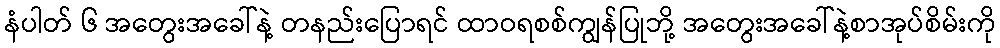
နံပါတ် ၆ အတွေးအခေါ်နဲ့ တနည်းပြောရင် ထာဝရစစ်ကျွန်ပြုဘို့ အတွေးအခေါ်နဲ့စာအုပ်စိမ်းကို